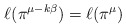
\begin{align*}\ell(\pi^{\mu - k \beta}) = \ell(\pi^\mu)\end{align*}